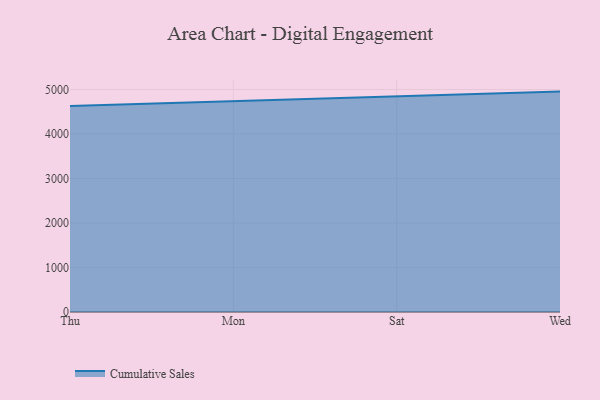
{"axis": {"x": "Day", "y": "Revenue (USD Million)"}, "legend": ["Cumulative Sales"], "data": [{"x": "Thu", "y": 4626.9, "type": "Cumulative Sales"}, {"x": "Mon", "y": 4737.0, "type": "Cumulative Sales"}, {"x": "Sat", "y": 4836.4, "type": "Cumulative Sales"}, {"x": "Wed", "y": 4953.0, "type": "Cumulative Sales"}]}